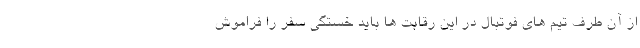
از آن طرف تیم های فوتبال در این رقابت ها باید خستگی سفر را فراموش